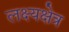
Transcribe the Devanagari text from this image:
लक्ष्यक्षेत्र